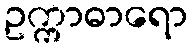
ဥက္ကာဓာရော